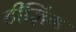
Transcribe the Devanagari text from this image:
टीज़िंग